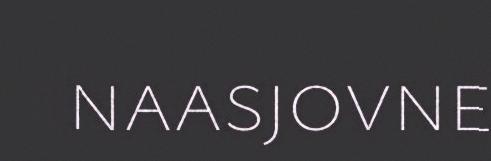
naasjovne